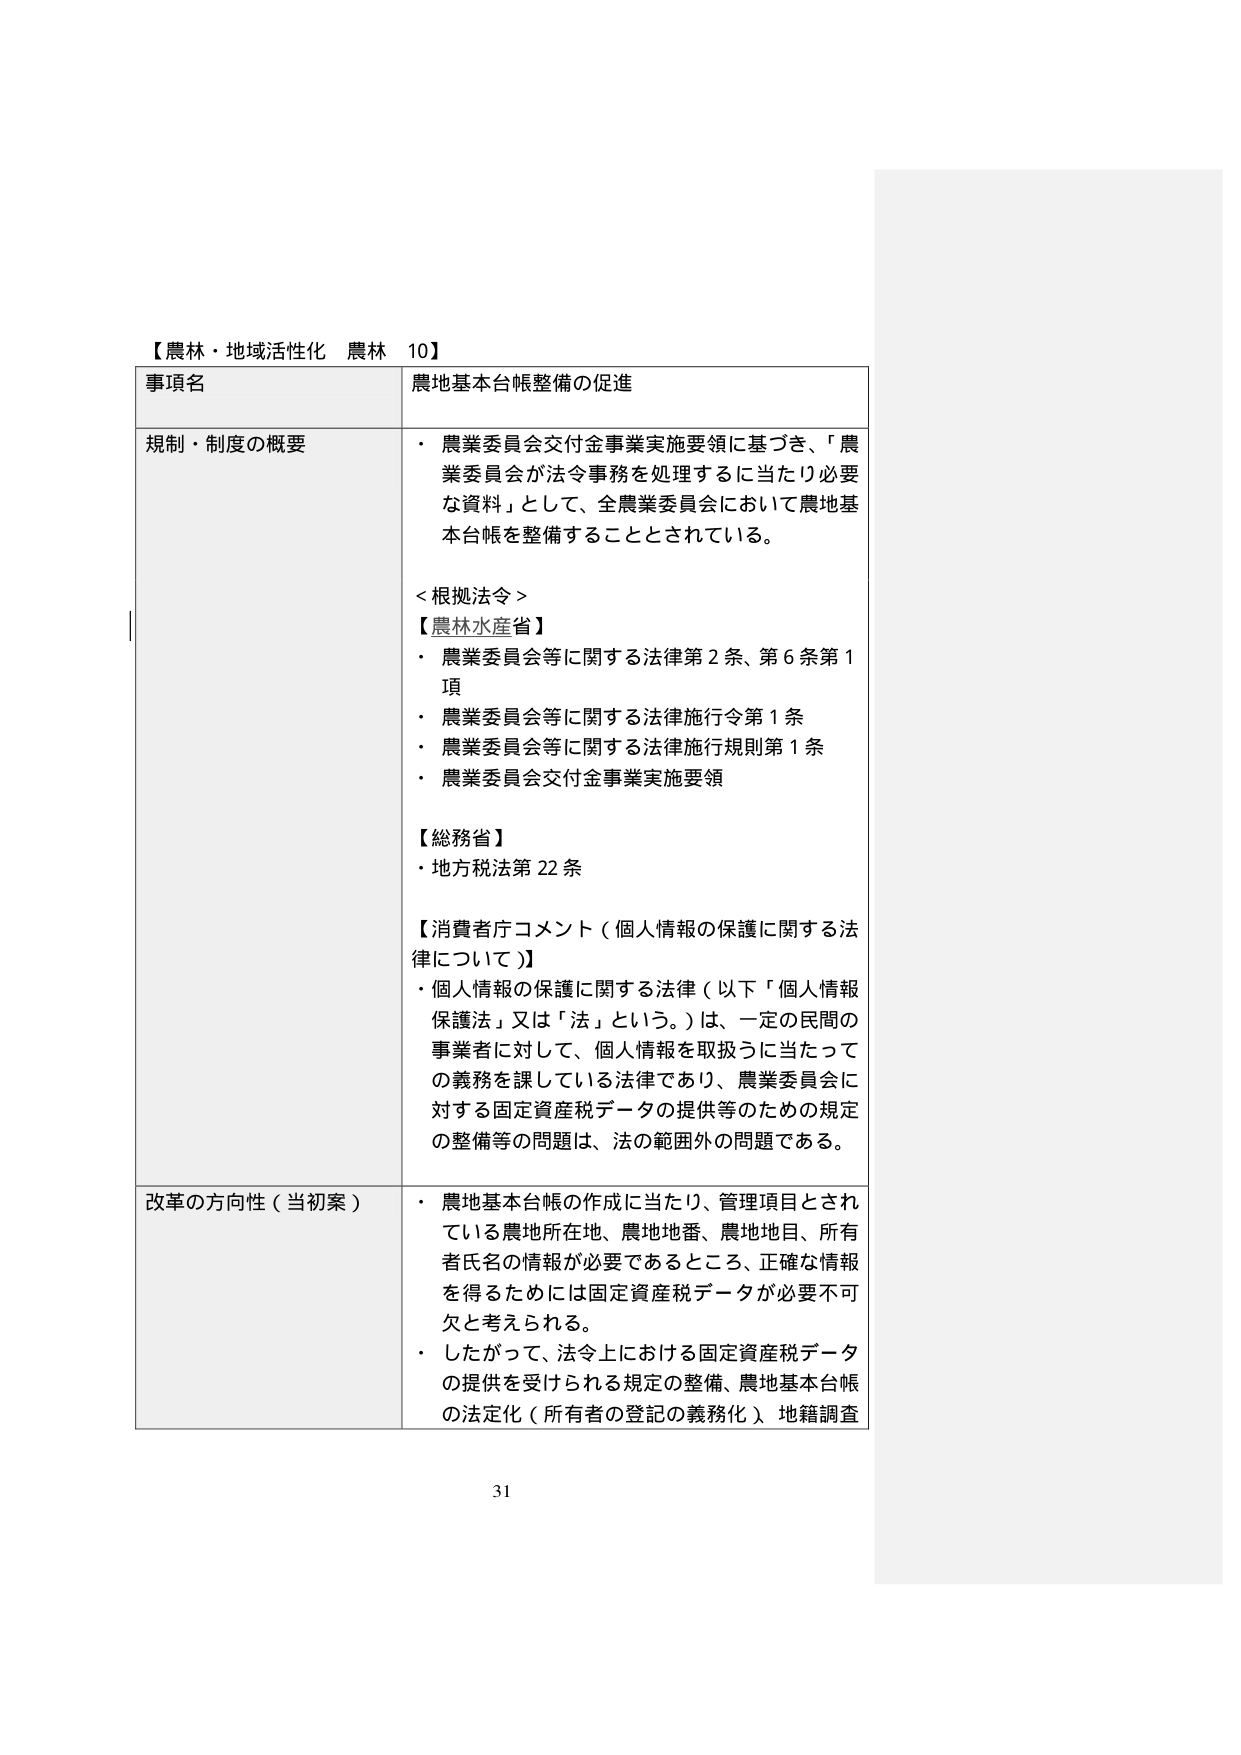
【農林・地域活性化 農林 10】

事項名 農地基本台帳整備の促進

規制・制度の概要
・ 農業委員会交付金事業実施要領に基づき、「農業委員会が法令事務を処理するに当たり必要な資料」として、全農業委員会において農地基本台帳を整備することとされている。

＜根拠法令＞
【農林水産省】
・ 農業委員会等に関する法律第2条、第6条第1項
・ 農業委員会等に関する法律施行令第1条
・ 農業委員会等に関する法律施行規則第1条
・ 農業委員会交付金事業実施要領

【総務省】
・ 地方税法第22条

【消費者庁コメント（個人情報の保護に関する法律について）】
・ 個人情報の保護に関する法律（以下「個人情報保護法」又は「法」という。）は、一定の民間の事業者に対して、個人情報を取扱うに当たっての義務を課している法律であり、農業委員会に対する固定資産税データの提供等のための規定の整備等の問題は、法の範囲外の問題である。

改革の方向性（当初案）
・ 農地基本台帳の作成に当たり、管理項目とされている農地所在地、農地地番、農地地目、所有者氏名の情報が必要であるところ、正確な情報を得るためには固定資産税データが必要不可欠と考えられる。
・ したがって、法令上における固定資産税データの提供を受けられる規定の整備、農地基本台帳の法定化（所有者の登記の義務化）、地籍調査

31